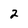
Character: 2